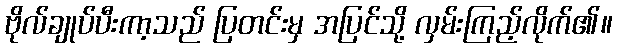
ဗိုလ်ချုပ်ပီးကာ့သည် ပြတင်းမှ အပြင်သို့ လှမ်းကြည့်လိုက်၏။